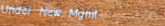
Under New Mgmt